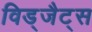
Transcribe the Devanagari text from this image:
विड्जैट्स